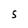
Character: S